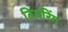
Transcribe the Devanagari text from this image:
टियरिंग